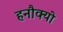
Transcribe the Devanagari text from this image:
हनौक्यो